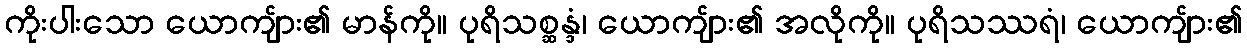
ကိုးပါးသော ယောကျ်ား၏ မာန်ကို။ ပုရိသစ္ဆန္ဒံ၊ ယောကျ်ား၏ အလိုကို။ ပုရိသဿရံ၊ ယောကျ်ား၏